kultuurilooline_kollektsioon, lk 13
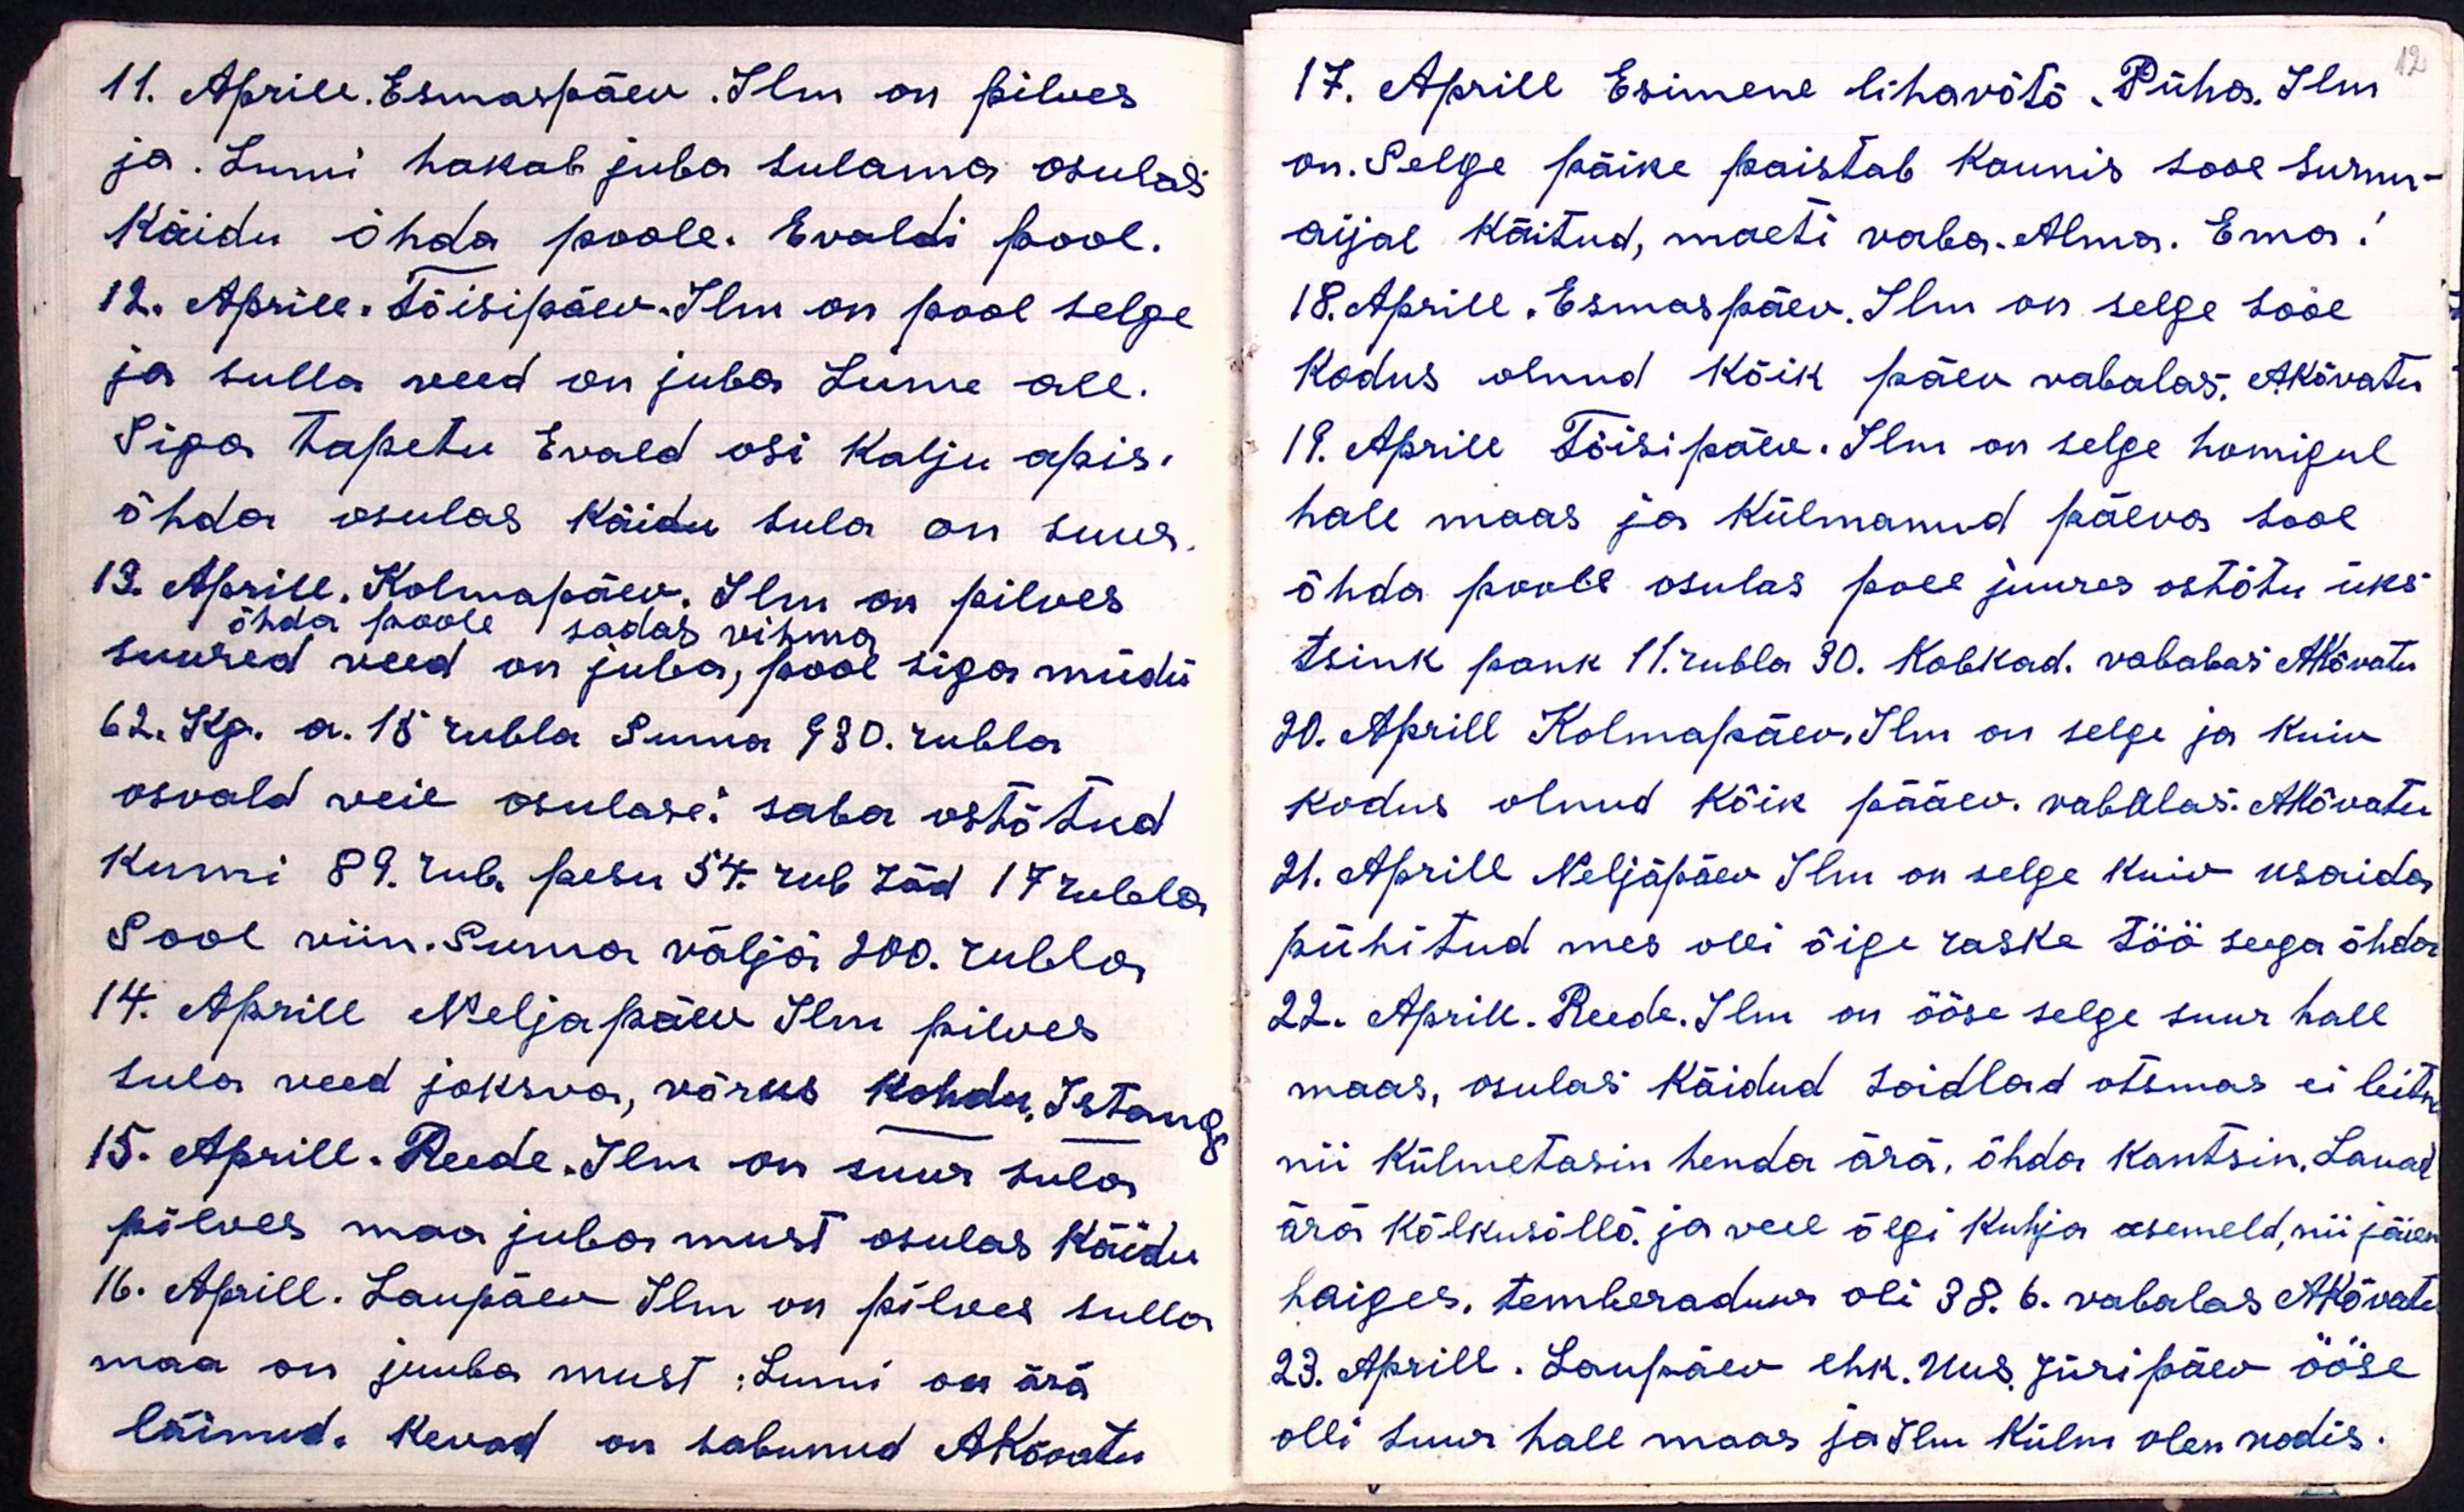
11. Aprill. Esmaspäev. Ilm on pilves
ja. Lumi hakab juba sulama osulas
Käidu õhda poole. Evaldi pool.
12. Aprill, Töisipäev. Ilm on pool selge
ja sulla veed on juba Lume all.
Siga tapetu Evald osi Kalju apis.
õhda osulas käidu sula on suur
13. Aprill. Kolmapäev. Ilm on pilves
õhda poole sadas vihma
suured veed on juba, pool siga müdis
62. Kg. a. 15 rubla Suma 930 rubla
osvald veie osulase. saba ostõtud
Kumi 89 rub. pesu 54 rub. töd 17 rubla
Sool viin. Suma väljä 200. rubla
14. Aprill Neljapäev Ilm pilves
sula veed joksva, võrus kohdu. Istang
15. Aprill. Reede. Ilm on suur sula
pilves maa juba must osulas Käidu
16. Aprill. Laupäev Ilm on pilves sulla
maa on juuba must: lumi on ärä
läinud. Kevad on sabunud AKõvatu

12
17. Aprill Esimene lihavõtõ Püha. Ilm
on. Selge päike paistab kaunis sooe surnu-
aijal käitud, maeti vaba. Alma. Ema!
18. Aprill. Esmaspäev. Ilm on selge sooe
Kodus olnud kõik päev vabalas. AKõvatu
19. Aprill Töisipäev. Ilm on selge homigul
hall maas ja külmanud päeva sooe
õhda poole osulas poee juures ostõtu üks
tsink pank 11 rubla 30. Kobkad. vabalas AKõvatu
20. Aprill Kolmapäev. Ilm on selge ja kuiv
kodus olnud kõik pääev. vabalas: AKõvatu
21. Aprill Neljäpäev Ilm on selge kuiv usaida
pühitud mes olli õige raske töö seega õhda
22. Aprill. Reede. Ilm on ööse selge suur hall
maas, Osulas käidud toidlad otsmas ei leitu
nii külmetasin henda ärä, õhda kantsin, Lauad
ärä Kõlkusõllõ ja veel õlgi kuhja asemeld, nii jäien
haiges, temberaduur oli 38.6. vabalas AKõvatu
23. Aprill. Laupäev ehk. Uus, Jüripäev ööse
olli suur hall maas ja Ilm külm olen vodis.